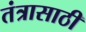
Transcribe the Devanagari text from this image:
तंत्रासाठी